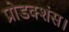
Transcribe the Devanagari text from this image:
प्रोडक्शंस।